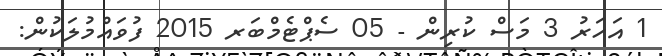
1 އަހަރު 3 މަސް ކުރިން - 05 ސެޕްޓެމްބަރ 2015 ފުވައްމުލަކުން: